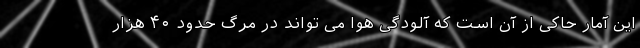
این آمار حاکی از آن است که آلودگی هوا می تواند در مرگ حدود ۴۰ هزار